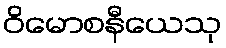
ဝိမောစနီယေသု